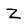
Character: Z